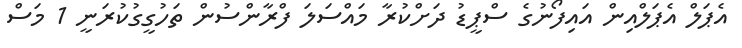
އެޕަލް އެޕަލްއިން އައިފޯނުގެ ސްޕީޑު ދަށްކުރާ މައްސަލަ ފްރާންސުން ތަހުގީގުކުރަނީ 1 މަސް